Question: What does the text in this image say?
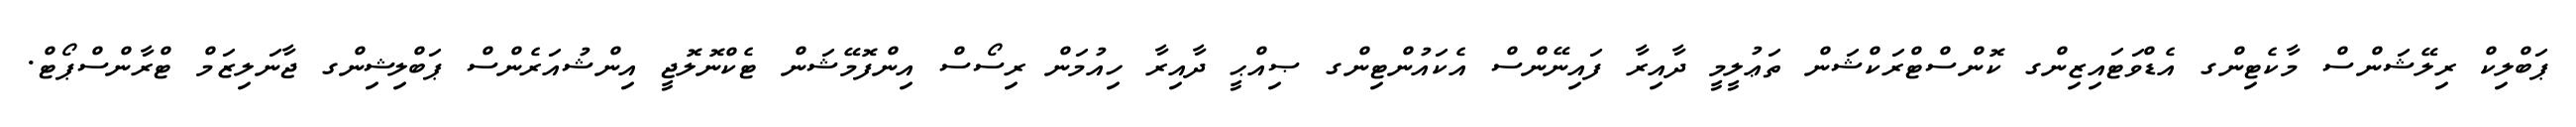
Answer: ޕަބްލިކް ރިލޭޝަންސް މާކެޓިންގ އެޑްވަޓައިޒިންގ ކޮންސްޓްރަކްޝަން ތަޢުލީމީ ދާއިރާ ފައިނޭންސް އެކައުންޓިންގ ޞިއްޙީ ދާއިރާ ހިއުމަން ރިސޯސް އިންފޮމޭޝަން ޓެކްނޮލޮޖީ އިންޝުއަރެންސް ޕަބްލިޝިންގ ޖާނަލިޒަމް ޓްރާންސްޕޯޓް.